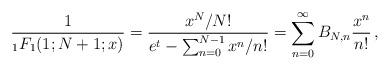
LaTeX: \begin{align*} \frac{1}{{}_1 F_1(1;N+1;x)}=\frac{x^N/N!}{e^t-\sum_{n=0}^{N-1}x^n/n!}=\sum_{n=0}^\infty B_{N,n}\frac{x^n}{n!}\,,\end{align*}